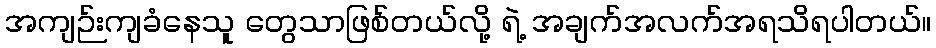
အကျဉ်းကျခံနေသူ တွေသာဖြစ်တယ်လို့ ရဲ့ အချက်အလက်အရသိရပါတယ်။